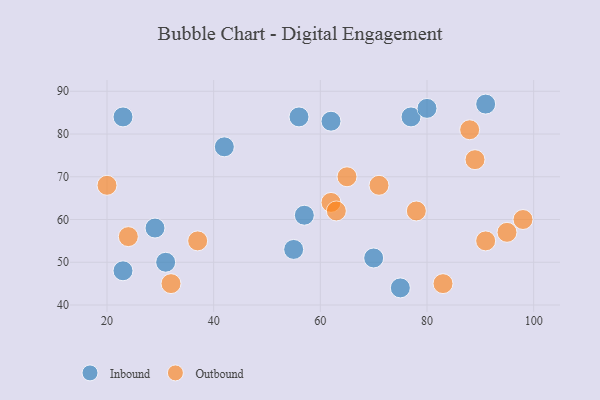
{"axis": {"x": "GDP", "y": "Life Expectancy"}, "legend": ["Inbound", "Outbound"], "data": [{"x": "70", "y": 51, "type": "Inbound"}, {"x": "29", "y": 58, "type": "Inbound"}, {"x": "77", "y": 84, "type": "Inbound"}, {"x": "57", "y": 61, "type": "Inbound"}, {"x": "23", "y": 48, "type": "Inbound"}, {"x": "62", "y": 83, "type": "Inbound"}, {"x": "42", "y": 77, "type": "Inbound"}, {"x": "23", "y": 84, "type": "Inbound"}, {"x": "80", "y": 86, "type": "Inbound"}, {"x": "91", "y": 87, "type": "Inbound"}, {"x": "56", "y": 84, "type": "Inbound"}, {"x": "75", "y": 44, "type": "Inbound"}, {"x": "55", "y": 53, "type": "Inbound"}, {"x": "31", "y": 50, "type": "Inbound"}, {"x": "37", "y": 55, "type": "Outbound"}, {"x": "78", "y": 62, "type": "Outbound"}, {"x": "71", "y": 68, "type": "Outbound"}, {"x": "62", "y": 64, "type": "Outbound"}, {"x": "24", "y": 56, "type": "Outbound"}, {"x": "91", "y": 55, "type": "Outbound"}, {"x": "98", "y": 60, "type": "Outbound"}, {"x": "89", "y": 74, "type": "Outbound"}, {"x": "32", "y": 45, "type": "Outbound"}, {"x": "95", "y": 57, "type": "Outbound"}, {"x": "88", "y": 81, "type": "Outbound"}, {"x": "65", "y": 70, "type": "Outbound"}, {"x": "63", "y": 62, "type": "Outbound"}, {"x": "20", "y": 68, "type": "Outbound"}, {"x": "83", "y": 45, "type": "Outbound"}]}